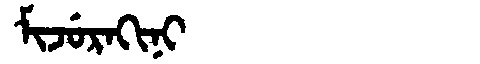
Manchu: ᠮᡳᠵᡠᡵᠠᡴᡳᠨᡳ
Romanization: MIJURAKINI